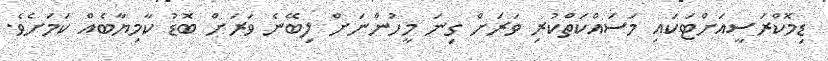
ޑިމޮކްރަސީއަށްޓަކައި މަސައްކަތްކުރި ވަރަށް ގިނަ މީހުންނަށް ލިބޭނެ ވަރަށް ބޮޑު ކާމިޔާބެއް ކަމަށެވެ.